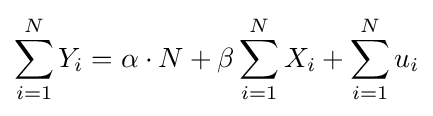
\sum _{i=1}^{N}Y_{i}=\alpha \cdot N+\beta \sum _{i=1}^{N}X_{i}+\sum _{i=1}^{N}u_{i}